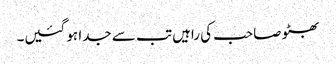
بھٹو صاحب کی راہیں تب سے جدا ہو گئیں۔